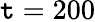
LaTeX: \mathtt{t}=200